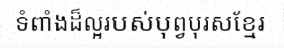
ទំពាំងដ៏ល្អរបស់បុព្វបុរសខ្មែរ